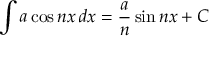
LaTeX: \int a \cos n x \, d x = { \frac { a } { n } } \sin n x + C